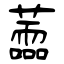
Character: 蘦